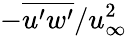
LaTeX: -\overline{{u^{\prime}w^{\prime}}}/u_{\infty}^{2}